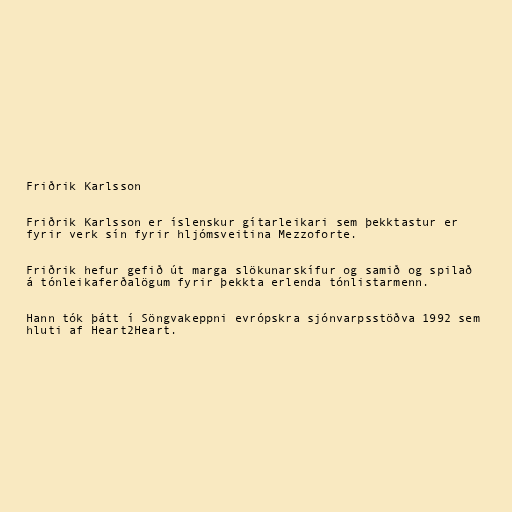
Friðrik Karlsson

Friðrik Karlsson er íslenskur gítarleikari sem þekktastur er
fyrir verk sín fyrir hljómsveitina Mezzoforte.

Friðrik hefur gefið út marga slökunarskífur og samið og spilað
á tónleikaferðalögum fyrir þekkta erlenda tónlistarmenn.

Hann tók þátt í Söngvakeppni evrópskra sjónvarpsstöðva 1992 sem
hluti af Heart2Heart.